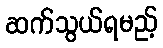
ဆက်သွယ်ရမည့်